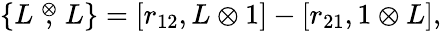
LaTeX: \{ L\stackrel{\otimes}{,}L\} =[r_{12},L\otimes 1]-[r_{21},1\otimes L],